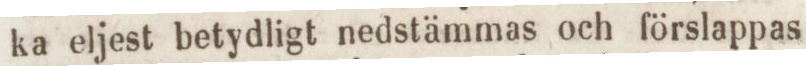
ka eljest betydligt nedstämmas och förslappas